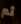
ثم